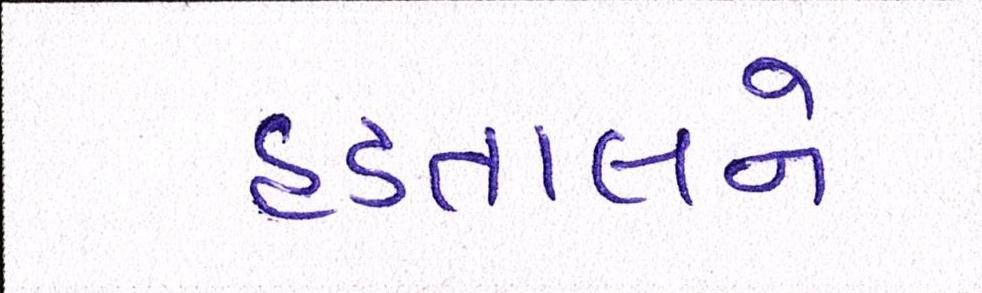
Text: હડતાલને